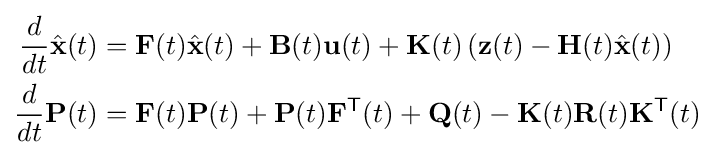
{\begin{aligned}{\frac {d}{dt}}{\hat {\mathbf {x} }}(t)&=\mathbf {F} (t){\hat {\mathbf {x} }}(t)+\mathbf {B} (t)\mathbf {u} (t)+\mathbf {K} (t)\left(\mathbf {z} (t)-\mathbf {H} (t){\hat {\mathbf {x} }}(t)\right)\\{\frac {d}{dt}}\mathbf {P} (t)&=\mathbf {F} (t)\mathbf {P} (t)+\mathbf {P} (t)\mathbf {F} ^{\textsf {T}}(t)+\mathbf {Q} (t)-\mathbf {K} (t)\mathbf {R} (t)\mathbf {K} ^{\textsf {T}}(t)\end{aligned}}